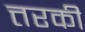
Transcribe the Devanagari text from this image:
त्तरकी